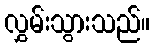
လွှမ်းသွားသည်။